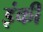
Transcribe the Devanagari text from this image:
इंकी